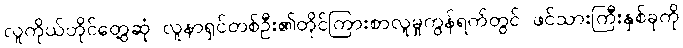
လူကိုယ်တိုင်တွေ့ဆုံ လူနာရှင်တစ်ဦး၏တိုင်ကြားစာလူမှုကွန်ရက်တွင် ဖင်သားကြီးနှစ်ခုကို